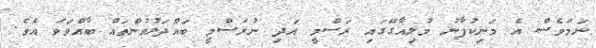
ނަމަވެސް އެ މަނިކުފާނު މުލިއާގޭގައި ރަސްމީ އަދި ނުރަސްމީ ބައްދަލުވުންތައް ބާއްވަވަ އެވެ.